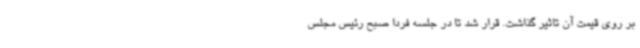
بر روی قیمت آن تاثیر گذاشت. قرار شد تا در جلسه فردا صبح رئیس مجلس